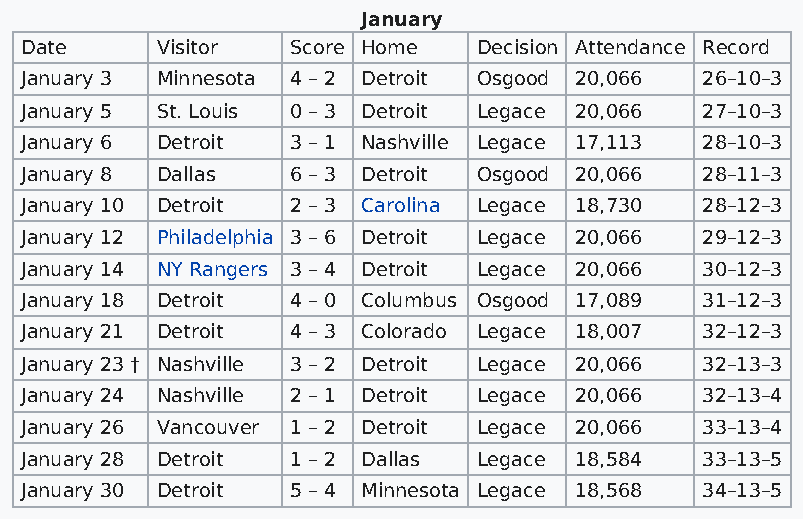
January
 Date     Visitor  Score Home   Decision Attendance Record
 January 3 Minnesota 4 – 2 Detroit Osgood 20,066 26–10–3
 January 5 St. Louis 0 – 3 Detroit Legace 20,066 27–10–3
 January 6 Detroit 3 – 1 Nashville Legace 17,113 28–10–3
 January 8 Dallas  6 – 3 Detroit Osgood 20,066 28–11–3
 January 10 Detroit 2 – 3 Carolina Legace 18,730 28–12–3
 January 12 Philadelphia 3 – 6 Detroit Legace 20,066 29–12–3
 January 14 NY Rangers 3 – 4 Detroit Legace 20,066 30–12–3
 January 18 Detroit 4 – 0 Columbus Osgood 17,089 31–12–3
 January 21 Detroit 4 – 3 Colorado Legace 18,007 32–12–3
 January 23 † Nashville 3 – 2 Detroit Legace 20,066 32–13–3
 January 24 Nashville 2 – 1 Detroit Legace 20,066 32–13–4
 January 26 Vancouver 1 – 2 Detroit Legace 20,066 33–13–4
 January 28 Detroit 1 – 2 Dallas Legace 18,584 33–13–5
 January 30 Detroit 5 – 4 Minnesota Legace 18,568 34–13–5